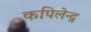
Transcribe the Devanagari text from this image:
कपिलेन्द्र